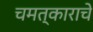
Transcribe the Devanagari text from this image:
चमत्काराचे